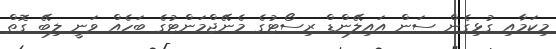
މިކަމާއި ގުޅިގެން ސަން އައިލޭންޑް ރިސޯޓުގެ މެނޭޖްމަންޓުގެ ބަހެއް ވަނީ ލިބޭ ގޮތް